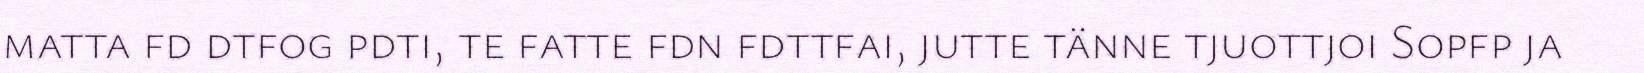
matta fd dtfog pdti, te fatte fdn fdttfai, jutte tänne tjuottjoi Sopfp ja